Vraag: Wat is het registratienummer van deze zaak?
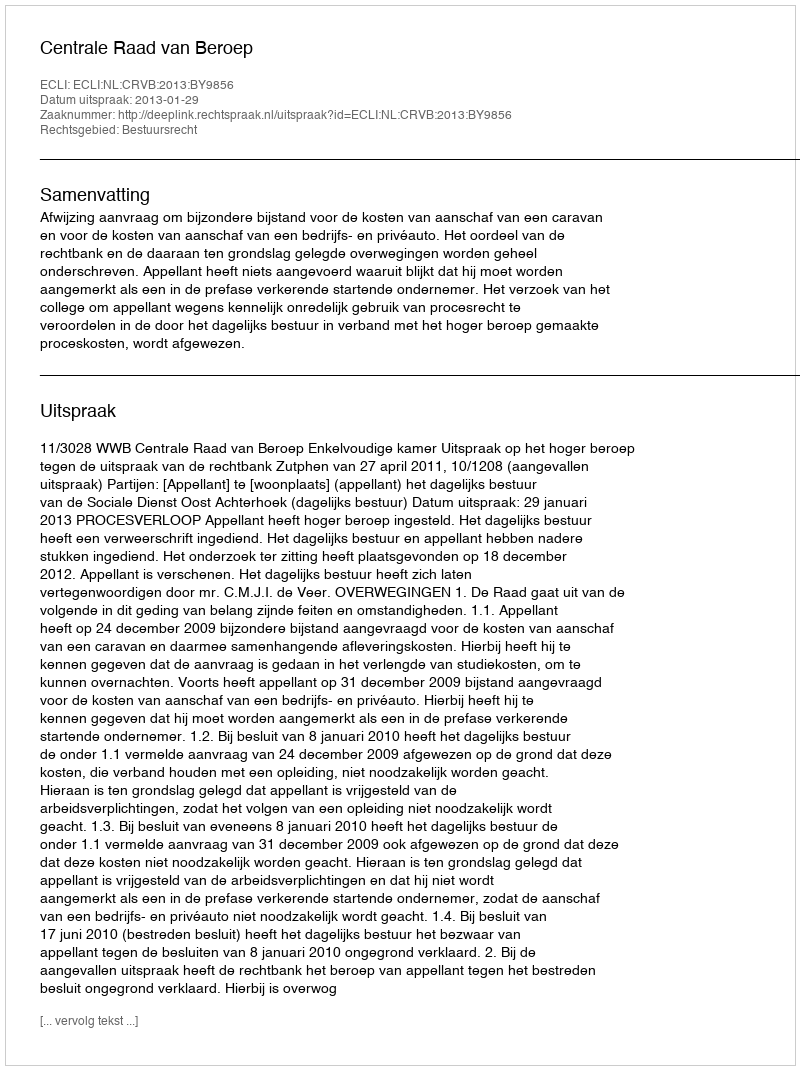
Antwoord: http://deeplink.rechtspraak.nl/uitspraak?id=ECLI:NL:CRVB:2013:BY9856